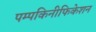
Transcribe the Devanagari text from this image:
पम्पकिनीफिकेशन